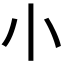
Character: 𡭔